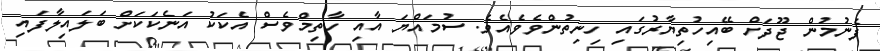
ފެނުމުން ޖޫދަށް ބޭއިހުތިޔާރުގައި ހިނިތުންވެވެއެވެ. ސުމައްޔަ އާއި ހާތިމްވެސް އެކަކު އަނެކަކަށް ބަލައިލާފައި